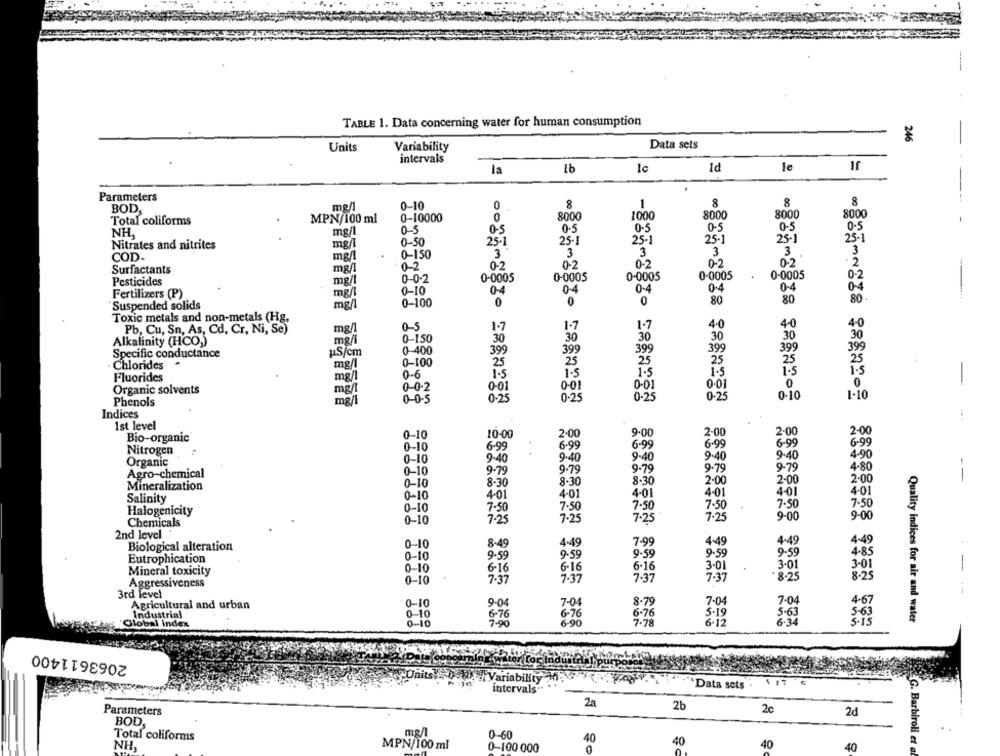
-
TABLE 1. Data concerning water for human consumption
246
Units
Variability
Data sets
intervals
le
If
la
16
lc
Id
Parameters
0-10
0
8
1
8
8
BOD,
me/l
MPN/100 ml
0-10000
8000
1000
8000
8000
8000
Total coliforms
0-5
0-5
0-5
NH
0-5
0.5
0-5
0-50
25-1
25-1
25-1
25-1
25-1
25-1
Nitrates and nitrites
mg/l
COD .
mg/l
0-150
3
3
3
3
3
3
0-2
0-2
0-2
0-2
0.2
Surfactants
mg/l
0-2
0-0-2
0-0005
0-0005
0-0005
0-0005
0-0005
0-2
Pesticides
mg/l
0.4
0-4
Fertilizers (P)
mg/l
0-10
04
0-4
0-4
04
0-100
0
0
0
80
80
80.
Suspended solids
mg/l
Toxic metals and non-metals (Hg,
0-5
1.7
1.7
4-0
4-0
4-0
Pb, Cu, Sn, As, Cd, Cr, Ni, Se)
mg/
1.7
mg/l
0-150
30
30
30
30
30
30
Alkalinity (HCO))
399
399
399
Specific conductance
uS/cm
0-400
399
399
399
0-100
25
25
25
25
25
Chlorides
mg/l
1.5
Fluorides
mg/l
0-6
1.5
1.5
1.5
1.5
0-0-2
0-01
0
0
-
Organic solvents
mg/i
0-01
0-01
0-01
1-10
0-0-5
0-25
0-25
0-25
0-25
0.10
Phenols
Indices
1st level
2.00
9.00
2-00
2-00
2-00
Bio-organic®
0-10
10-00
0-10
6-99
6.99
6.99
6.99
6-99
6-99
Nitrogen
Organic
0-10
9-40
9.40
9-40
9.40
9-40
4.90
9.79
9.79
9-79
Agro-chemical
0-10
9-79
9.79
--
0-10
8.30
8.30
8.30
2.00
2-00
2.00
Mineralization
4-01
4-01
Salinity
0-10
4-01
4-01
4.01
4-01
7.50
7.50
7-50
7.50
Halogenicity
0-10
7-50
7.50
0-10
7.25
7.25
7.25
7.25
9-00
9-00
Chemicals
2nd level
0-10
8-49
4:49
7-99
4-49
4-49
4-49
Biological alteration
9.59
9-59
4.85
Eutrophication
0-10
9.59
9.59
9.59
6-16
6-16
6-16
3-01
3-01
3-01
Mineral toxicity
0-10
8.25
Aggressiveness
0-10
7.37
7.37
7.37
7.37
* 8.25
3rd level
---
Agricultural and urban
0-10
9.04
7-04
8.79
7-04
7.04
4-67
6-76
6-76
6-76
5-19
5-63
5-63
Industrial
0-10
7-78
Quality indices for air and water
Global index
0 -10
7-90
6-90
6-12
6.34
2063611400
Jhits
Variability
intervals"
Data sets
2a
2b
2c
Parameters
2d
BOD,
Total coliforms
0-60
40
40
NH
MPN/100 ml
0-100 000
40
40
G. Barbiroli et a